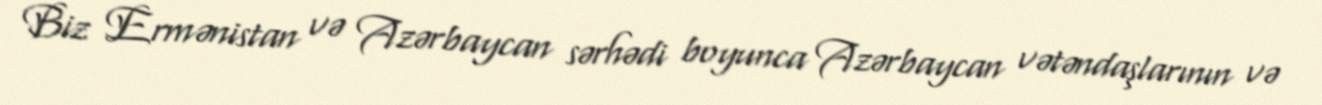
Biz Ermənistan və Azərbaycan sərhədi boyunca Azərbaycan vətəndaşlarının və